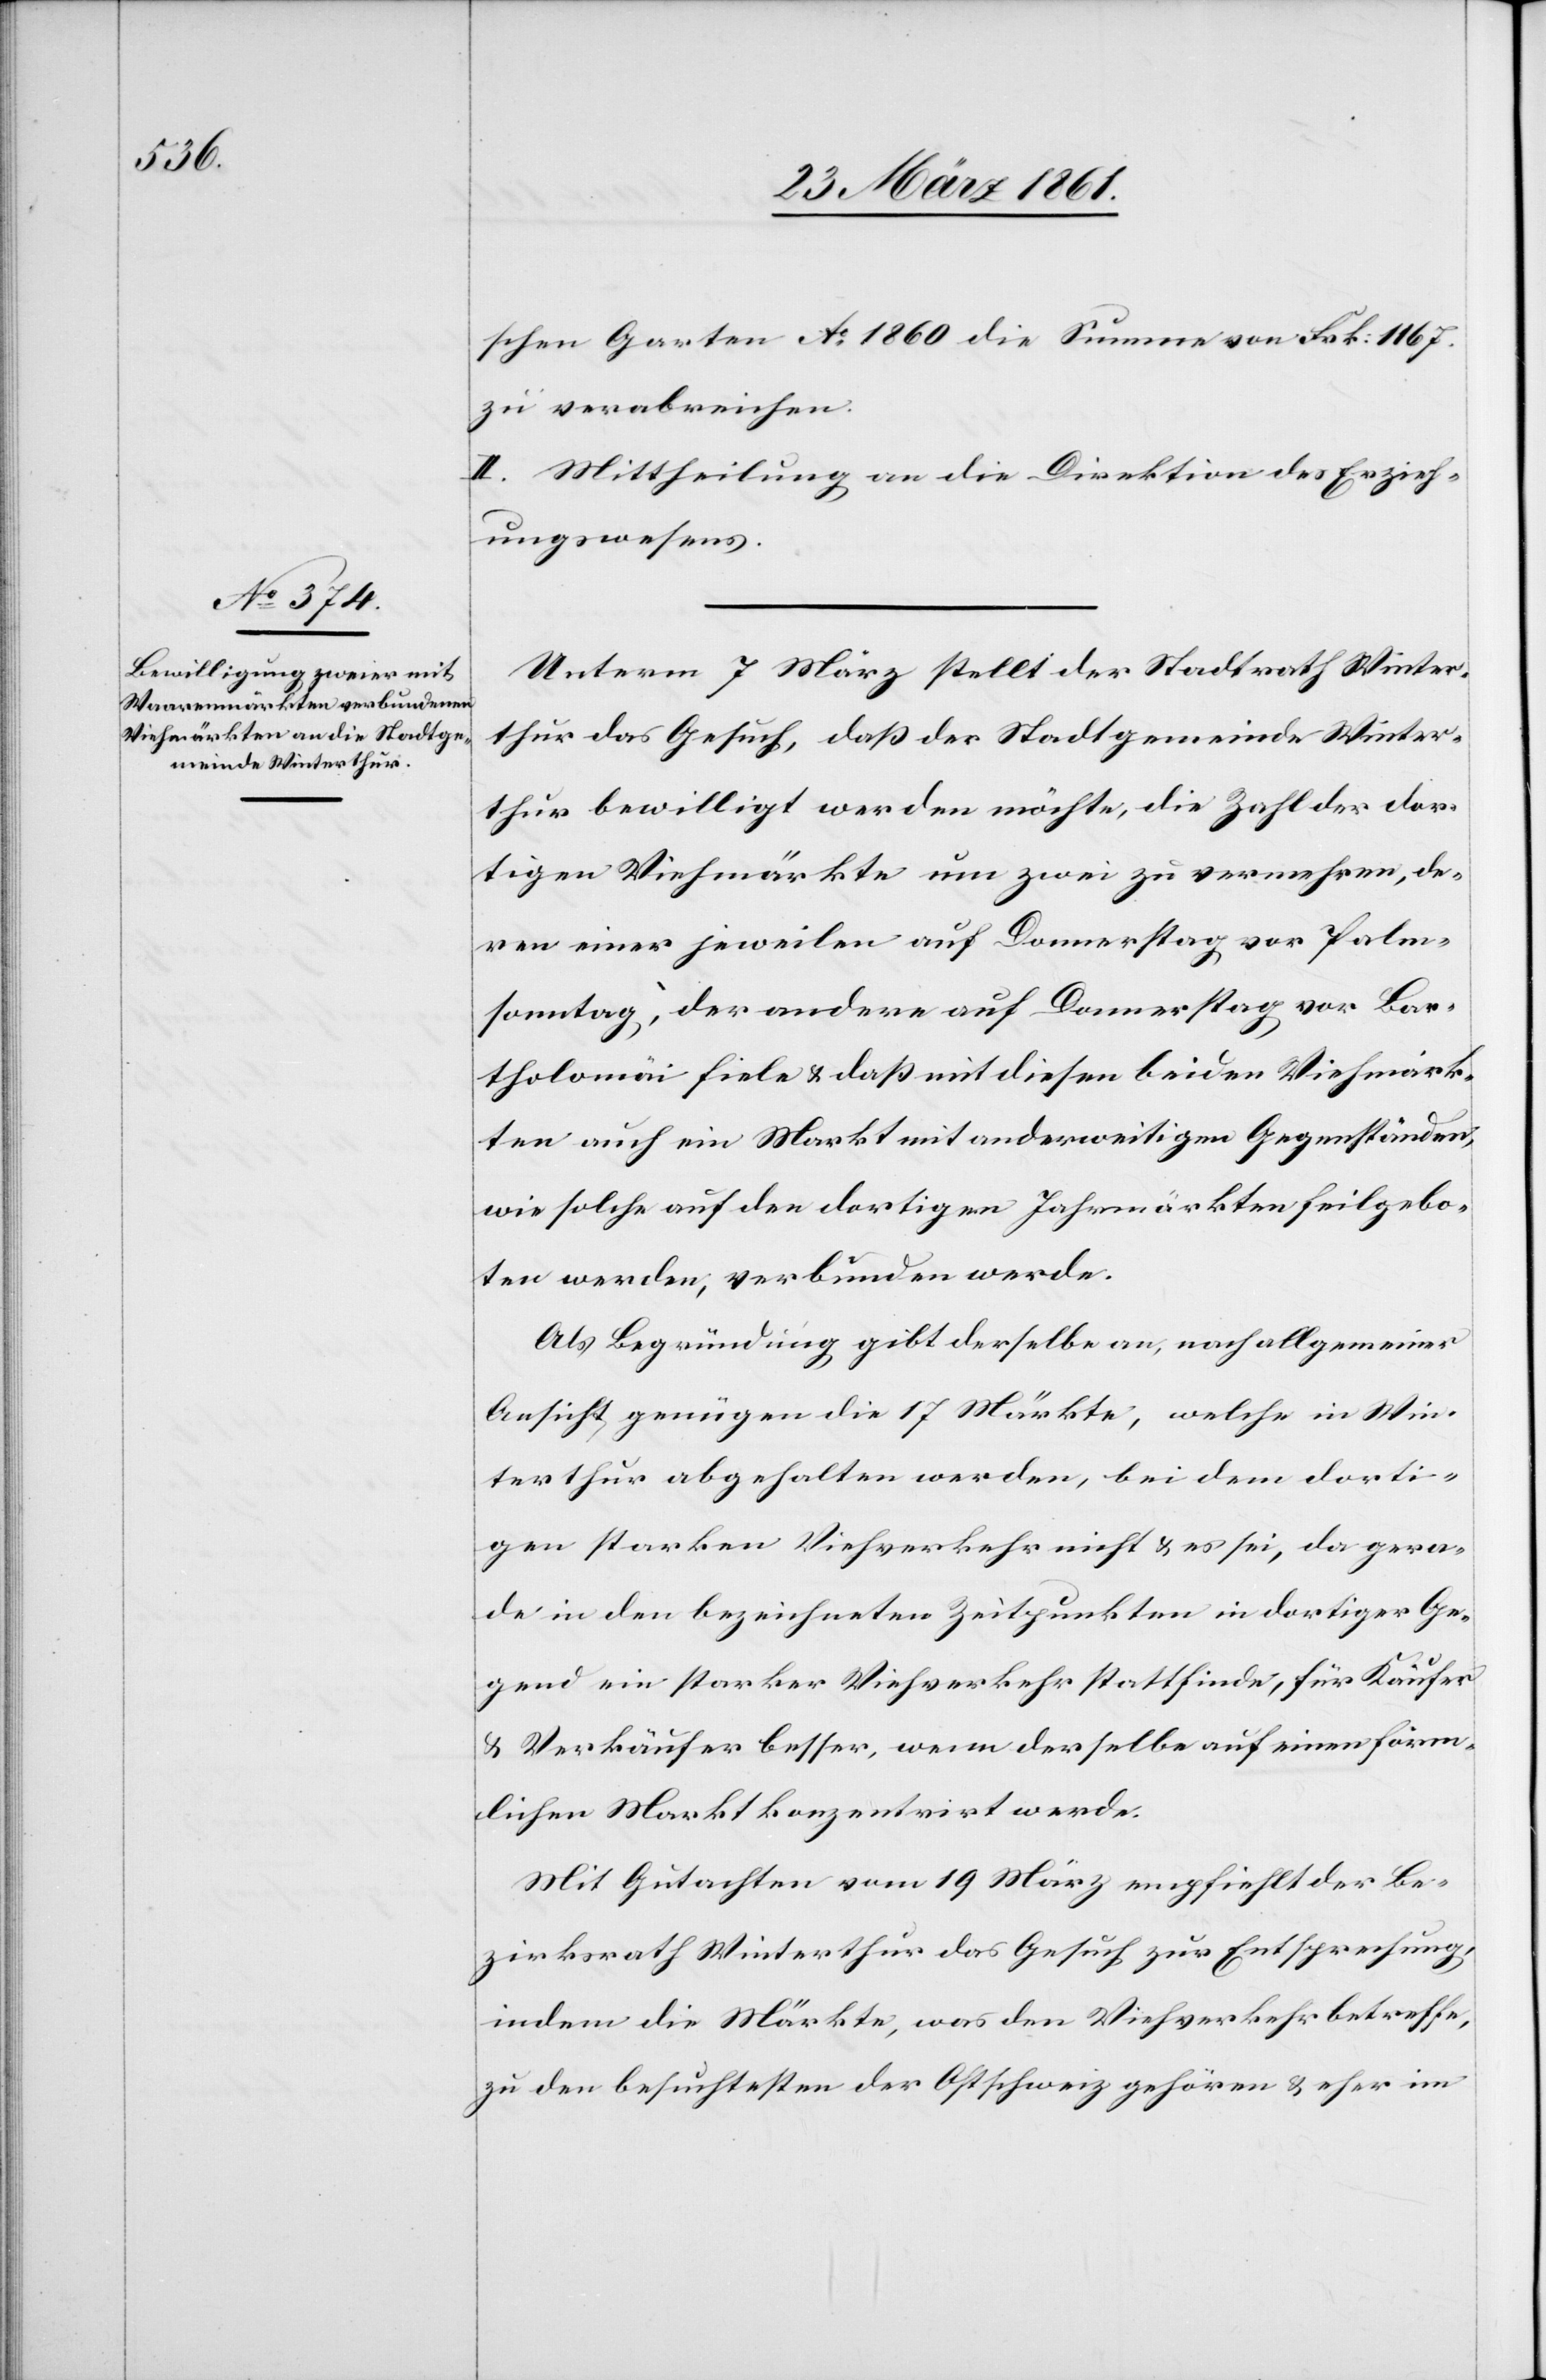
schen Garten Ao 1860 Summe von Frk. 1167
zu verabreichen.
II. Mittheilung an die Direktion des Erzieh¬
ungswesens.
Unterm 7. März stellt der Stadtrath Winter¬
thur das Gesuch, daß der Stadtgemeinde Winter¬
thur bewilligt werden möchte, die Zahl der dor¬
tigen Viehmärkte um zwei zu vermehren, de¬
ren einer jeweilen auf Donnerstag vor Palm¬
sonntag, der andere auf Donnerstag vor Bar¬
tholomäi fiele u. daß mit diesen beiden Viehmärk¬
ten auch ein Markt mit anderweitigen Gegenständen,
wie solche auf den dortigen Jahresmärkten feil gebo¬
ten werden, verbunden werde.
Als Begründung gibt derselbe an, nach allgemeiner
Ansicht genügen die 17 Märkte, welche in Win¬
terthur abgehalten werden, bei dem dorti¬
gen starken Viehverkehr nicht u. es sei, da gera¬
de in den bezeichneten Zeitpunkten in dortiger Ge¬
gend ein starker Viehverkehr stattfinde, für Käufer
und Verkäufer besser, wenn derselbe auf einen förm¬
lichen Markt konzentrirt werde.
Mit Gutachten vom 19. März empfiehlt der Be¬
zirksrath Winterthur das Gesuch zur Entsprechung,
indem die Märkte, was den Viehverkehr betreffe,
zu den besuchtesten der Ostschweiz gehören u. eher im